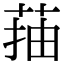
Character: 菗